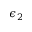
\epsilon _ { 2 }